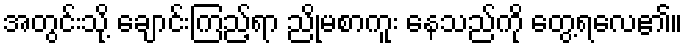
အတွင်းသို့ ချောင်းကြည့်ရာ ညိုမစာကူး နေသည်ကို တွေ့ရလေ၏။